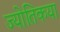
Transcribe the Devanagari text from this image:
ज्‍योतिकया